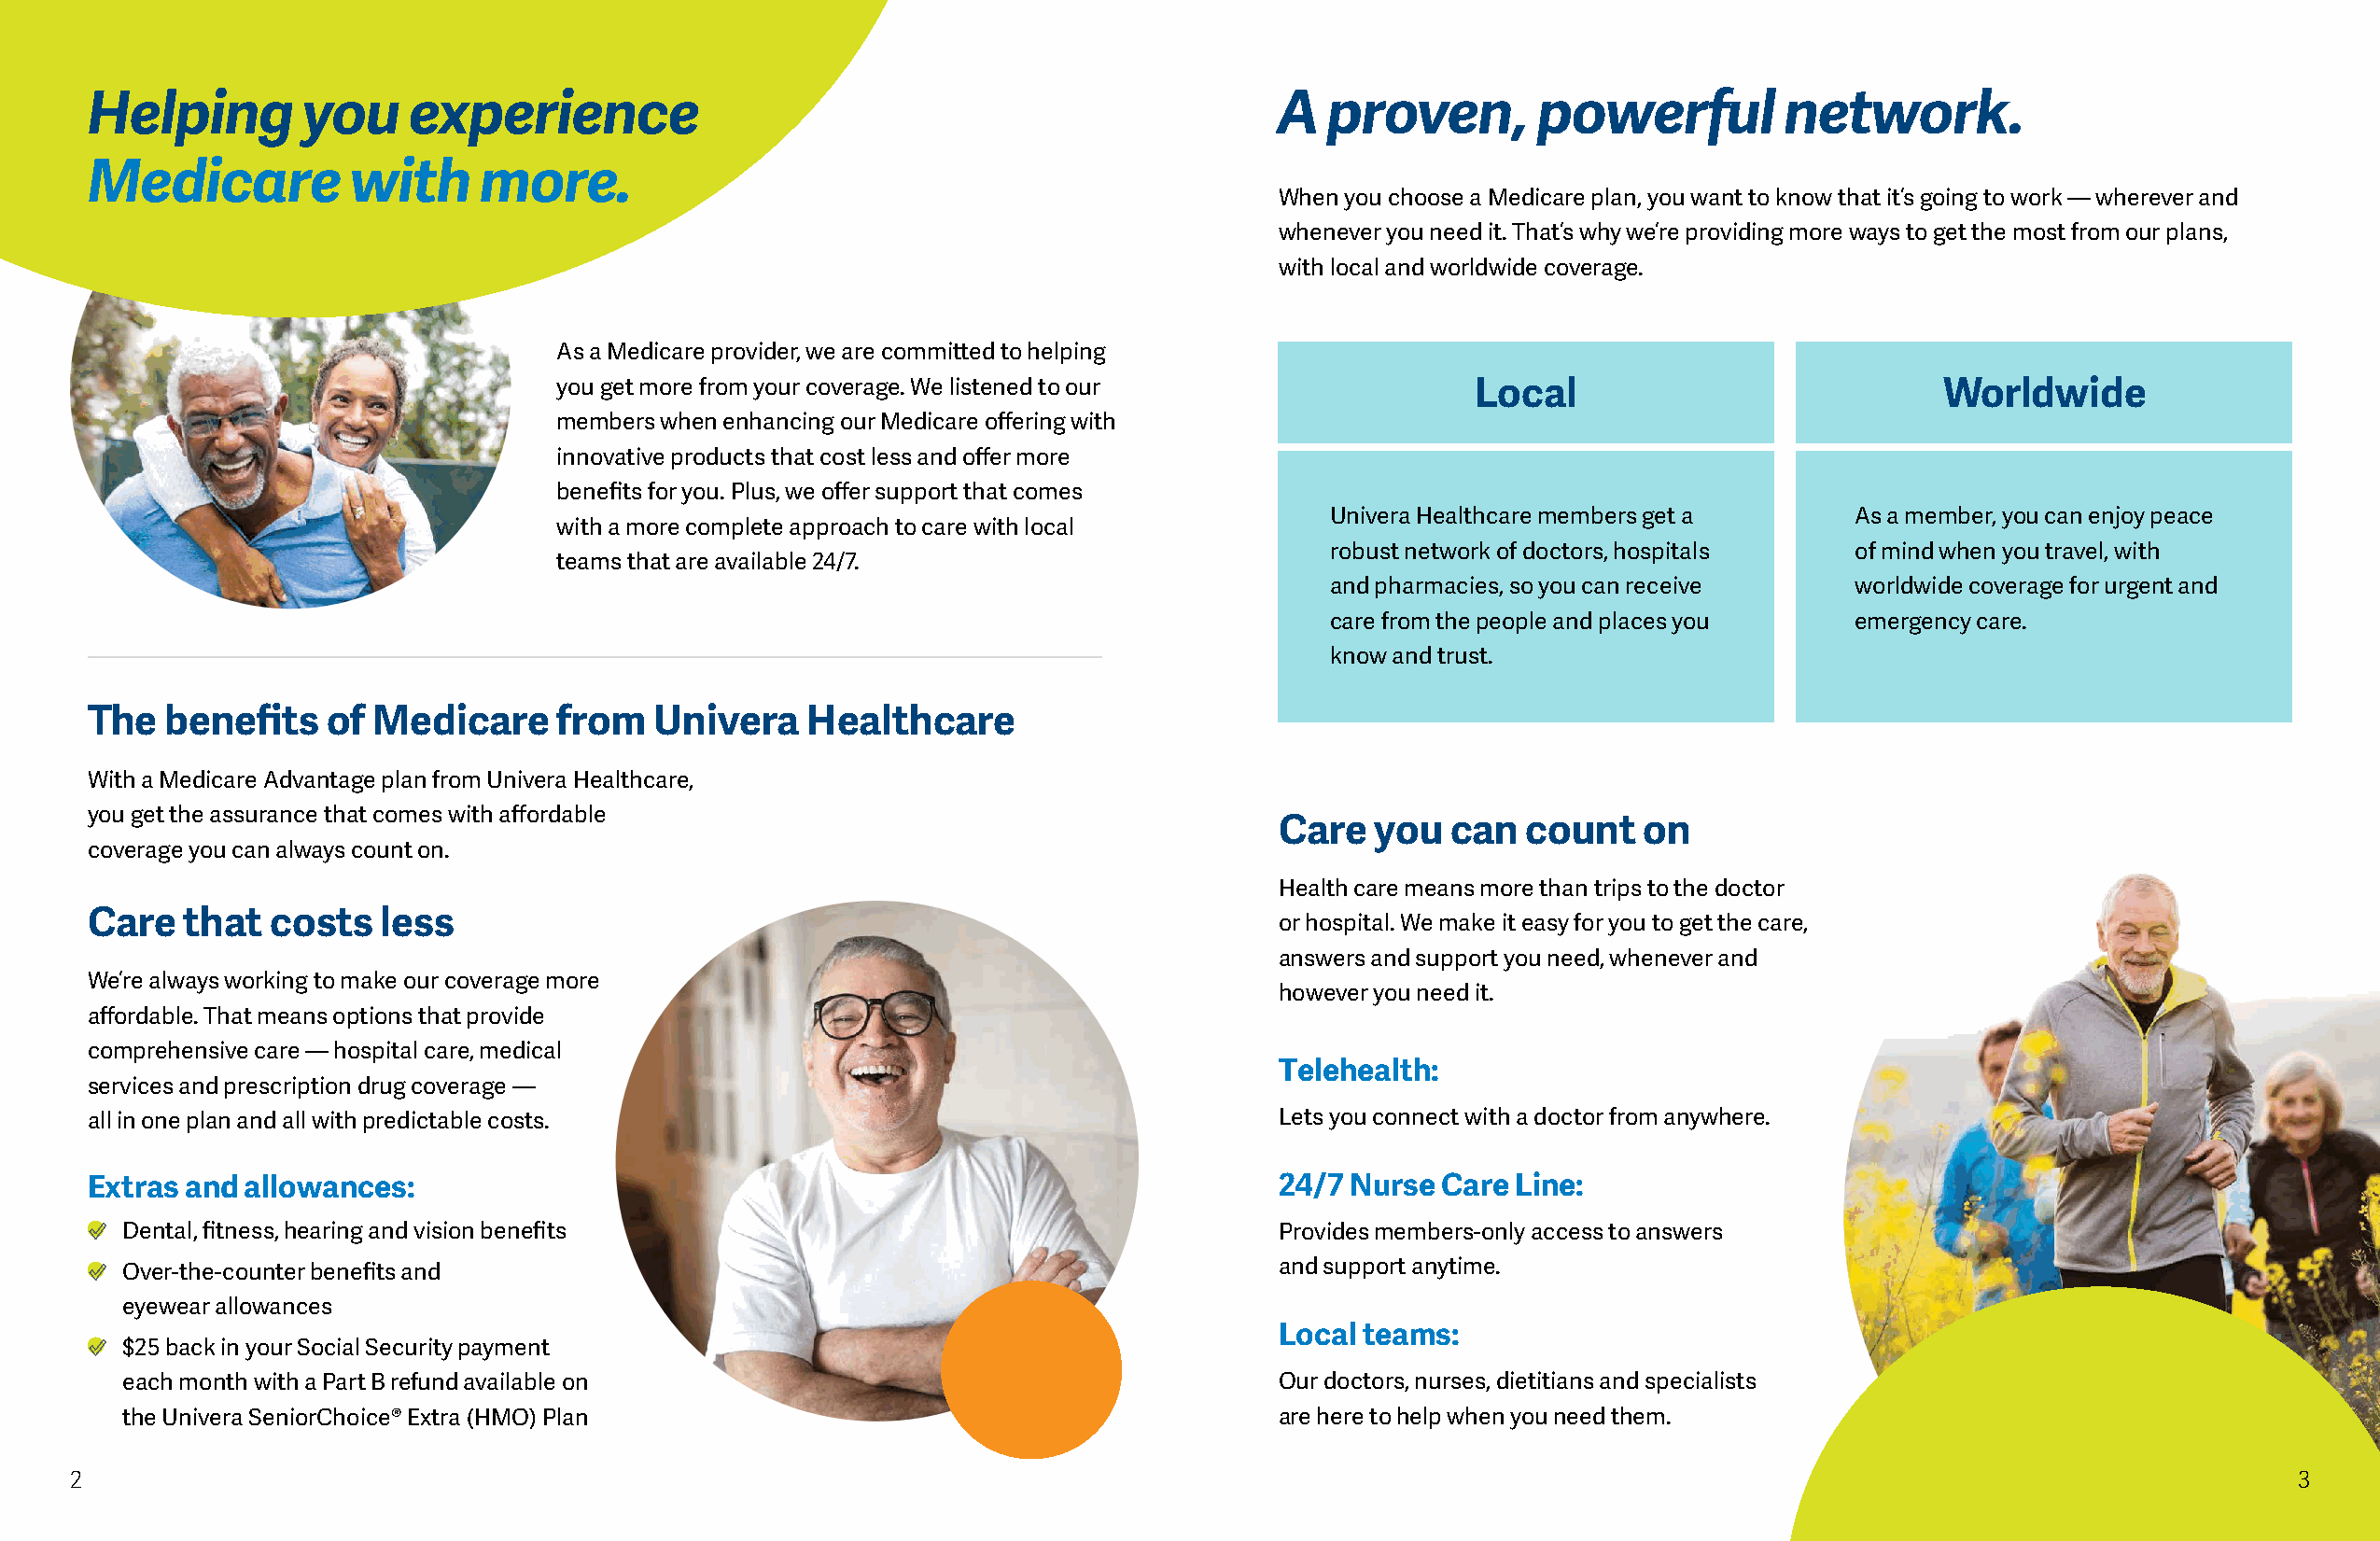
Helping        you     experience                                                    A  proven,        powerful          network.
 Medicare           with     more.
 When you choose a Medicare plan, you want to know that it’s going to work — wherever and
 whenever you need it. That’s why we’re providing more ways to get the most from our plans,
 with local and worldwide coverage.
 As a Medicare provider, we are commited to helping
 you get more from your coverage. We listened to our               Local                            Worldwide
 members when enhancing our Medicare ofering with
 innovative products that cost less and ofer more
 benefts for you. Plus, we ofer support that comes
 Univera Healthcare members get a      As a member, you can enjoy peace
 with a more complete approach to care with local
 robust network of doctors, hospitals  of mind when you travel, with
 teams that are available 24/7.
 and pharmacies, so you can receive    worldwide coverage for urgent and
 care from the people and places you   emergency care.
 know and trust.
 The   benefts    of Medicare      from  Univera    Healthcare
 With a Medicare Advantage plan from Univera Healthcare,
 you get the assurance that comes with afordable
 Care   you  can  count    on
 coverage you can always count on.
 Health care means more than trips to the doctor
 Care   that  costs   less
 or hospital. We make it easy for you to get the care,
 answers and support you need, whenever and
 We’re always working to make our coverage more
 however you need it.
 afordable. That means options that provide
 comprehensive care — hospital care, medical
 Telehealth:
 services and prescription drug coverage —
 all in one plan and all with predictable costs.                                      Lets you connect with a doctor from anywhere.
 Extras and allowances:                                                               24/7 Nurse Care Line:
 Dental, ftness, hearing and vision benefts                                        Provides members-only access to answers
 Over-the-counter benefts and                                                      and support anytime.
 eyewear allowances
 Local teams:
 $25 back in your Social Security payment
 each month with a Part B refund available on                                      Our doctors, nurses, dietitians and specialists
 the Univera SeniorChoice® Extra (HMO) Plan                                        are here to help when you need them.
 2                                                                                                                                                             3